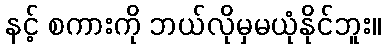
နင့် စကားကို ဘယ်လိုမှမယုံနိုင်ဘူး။